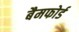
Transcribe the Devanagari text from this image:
बैमफोर्ड